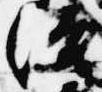
治